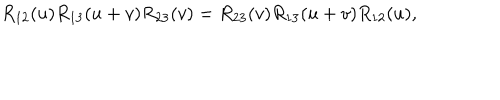
R _ { 1 2 } ( u ) R _ { 1 3 } ( u + v ) R _ { 2 3 } ( v ) = R _ { 2 3 } ( v ) R _ { 1 3 } ( u + v ) R _ { 1 2 } ( u ) ,